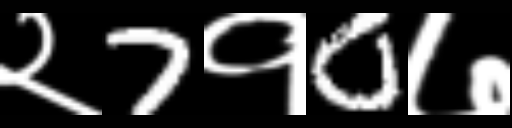
Text: २7१0७